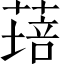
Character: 𦹷